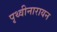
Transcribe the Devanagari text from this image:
पृथ्वीनारायन